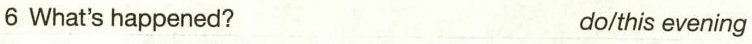
6 What's happened? do/this evening